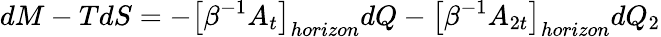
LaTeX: dM-TdS=-\left[\beta^{-1}A_{t}\right]_{horizon}dQ-\left[\beta^{-1}A_{2t}\right]_{horizon}dQ_{2}